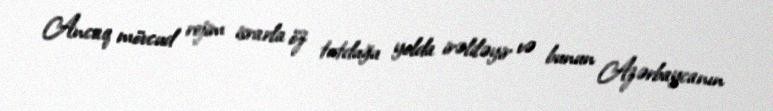
Ancaq mövcud rejim israrla öz tutduğu yolda irəliləyir və bunun Azərbaycanın